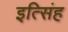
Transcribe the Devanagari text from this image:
इत्सिंह